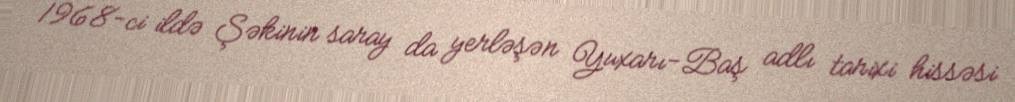
1968-ci ildə Şəkinin saray da yerləşən Yuxarı-Baş adlı tarixi hissəsi